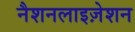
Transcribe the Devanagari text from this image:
नैशनलाइज़ेशन